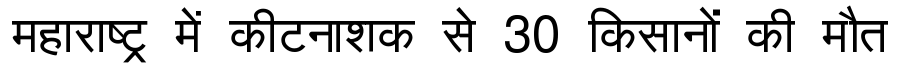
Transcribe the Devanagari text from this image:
महाराष्ट्र में कीटनाशक से 30 किसानों की मौत